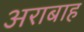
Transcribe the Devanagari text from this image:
अराबाह